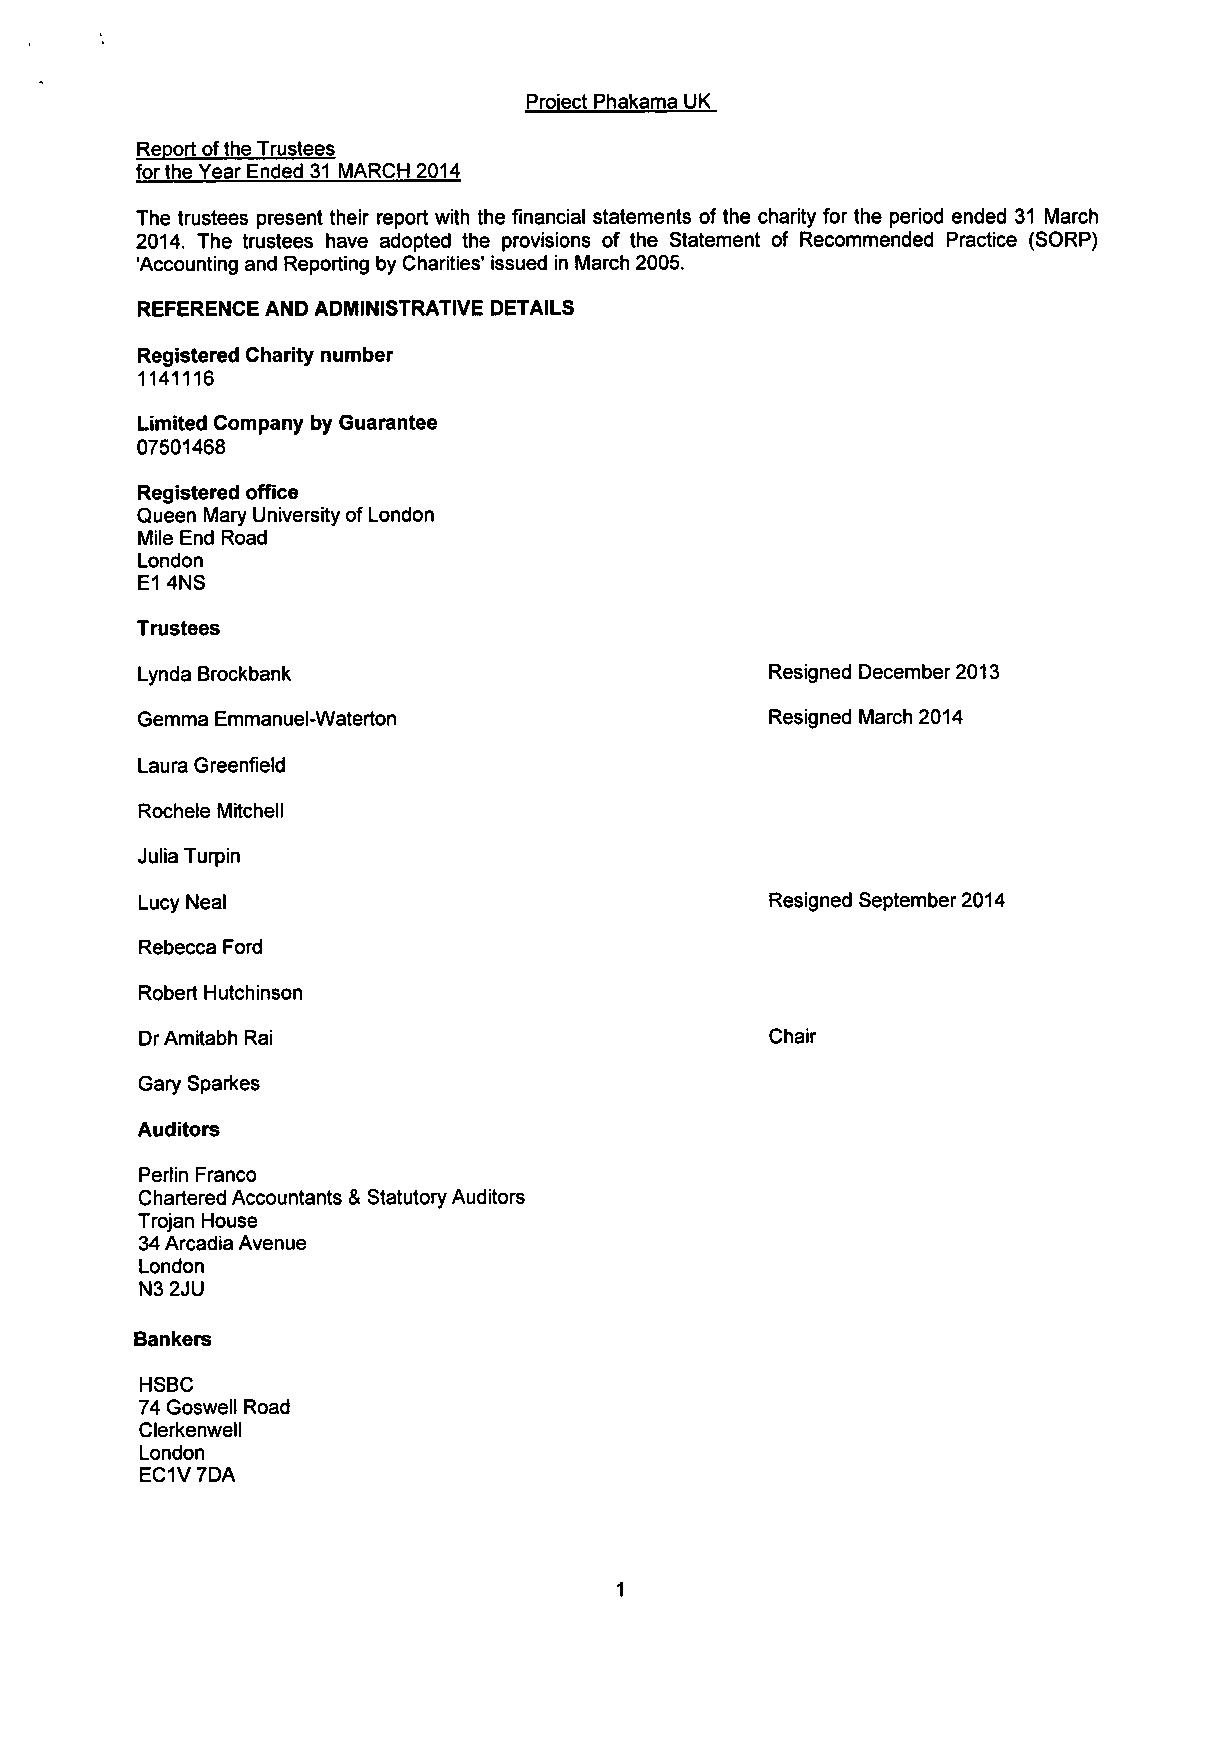
Project Phakama UK
 Report of the Trustees
 for the Year Ended 31 MARCH 2014
 The trustees present their report with the financial statements of the charity for the period ended 31 March
 2014. The trustees have adopted the provisions of the Statement of Recommended Practice (SORP)
 'Accounting and Reporting by Charities' issued in March 2005.
 REFERENCE AND ADMINISTRATIVE DETAILS
 Registered Charity number
 1141116
 Limited Company by Guarantee
 07501468
 Registered office
 Queen Mary University of London
 Mile End Road
 London
 E1 4NS
 Trustees
 Lynda Brockbank                           Resigned December 2013
 Gemma Emmanuel-Waterton                   Resigned March 2014
 Laura Greenfield
 Rochele Mitchell
 Julia Turpin
 Lucy Neal                                 Resigned September 2014
 Rebecca Ford
 Robert Hutchinson
 Dr Amitabh Rai                            Chair
 Gary Sparkes
 Auditors
 Perlin Franco
 Chartered Accountants & Statutory Auditors
 Trojan House
 34 Arcadia Avenue
 London
 N3 2JU
 Bankers
 HSBC
 74 Goswell Road
 Clerkenwell
 London
 EC1V 7DA
 1